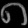
Digit: ၈